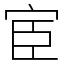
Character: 宦